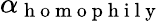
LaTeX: \alpha_{\mathrm{~h~o~m~o~p~h~i~l~y~}}